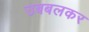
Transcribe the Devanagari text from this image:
उबबलकर